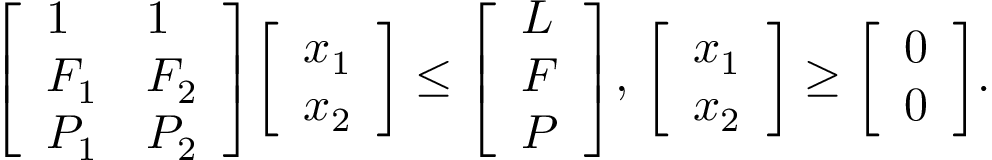
{ \left[ \begin{array} { l l } { 1 } & { 1 } \\ { F _ { 1 } } & { F _ { 2 } } \\ { P _ { 1 } } & { P _ { 2 } } \end{array} \right] } { \left[ \begin{array} { l } { x _ { 1 } } \\ { x _ { 2 } } \end{array} \right] } \leq { \left[ \begin{array} { l } { L } \\ { F } \\ { P } \end{array} \right] } , \, { \left[ \begin{array} { l } { x _ { 1 } } \\ { x _ { 2 } } \end{array} \right] } \geq { \left[ \begin{array} { l } { 0 } \\ { 0 } \end{array} \right] } .